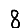
Digit: 8